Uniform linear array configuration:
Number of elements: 8
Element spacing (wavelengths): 0.25
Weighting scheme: kaiser
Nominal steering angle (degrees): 15
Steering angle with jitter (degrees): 15.059
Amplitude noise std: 0.05
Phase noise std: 0.05

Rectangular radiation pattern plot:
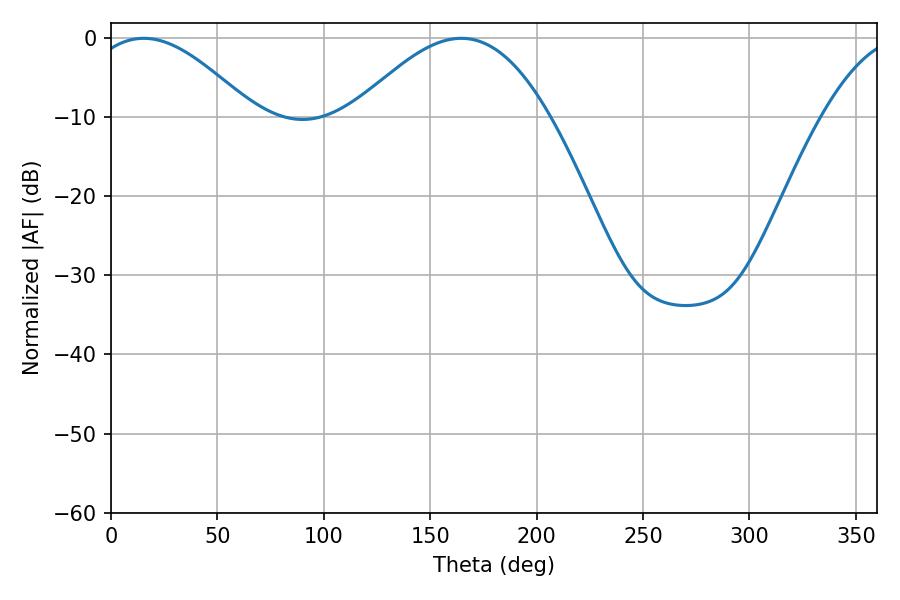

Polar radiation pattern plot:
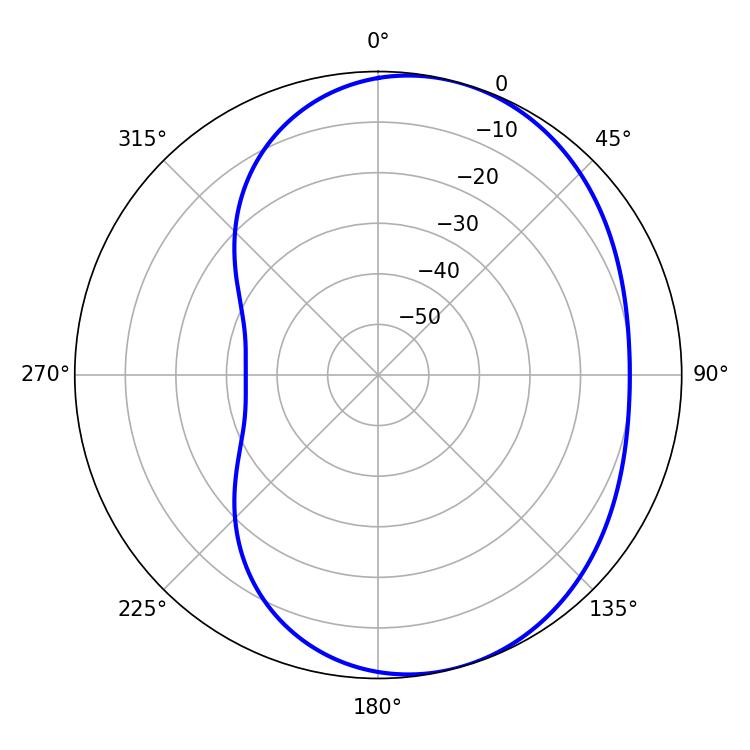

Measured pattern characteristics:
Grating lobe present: FALSE
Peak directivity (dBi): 5.066
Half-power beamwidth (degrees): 42.12
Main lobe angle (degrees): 15.48